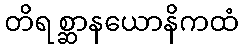
တိရစ္ဆာနယောနိကထံ